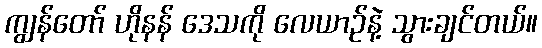
ကျွန်တော် ဟိုနန် ဒေသကို လေယာဉ်နဲ့ သွားချင်တယ်။